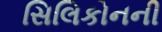
સિલિકોનની